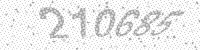
Solution: 210685